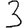
Digit: 3